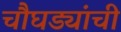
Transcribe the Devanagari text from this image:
चौघड्यांची